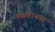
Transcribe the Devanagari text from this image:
पश्चहानव्य